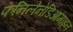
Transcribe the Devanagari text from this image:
फेनिलेनेडिआमाइन